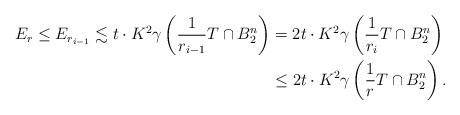
LaTeX: \begin{align*} E_r \leq E_{r_{i-1}} \lesssim t\cdot K^2 \gamma\left( \frac{1}{r_{i-1}} T \cap B_2^n\right) & = 2 t\cdot K^2 \gamma\left( \frac{1}{r_{i}} T \cap B_2^n \right) \\ & \leq 2t\cdot K^2 \gamma\left( \frac{1}{r} T \cap B_2^n \right).\end{align*}